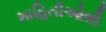
માહિતીઓથી